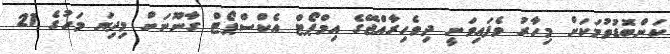
ކަންބޮޑުވުމަކަށް މިހާރު ވެފައިވަނީ ދިވެހިރާއްޖޭގެ އިމްޕޯޓް އެކްސްޕޯޓް ގާނޫނަށް މިދިޔަ މަހުގެ 21